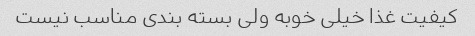
کیفیت غذا خیلی خوبه ولی بسته بندی مناسب نیست